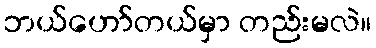
ဘယ်ဟော်တယ်မှာ တည်းမလဲ။